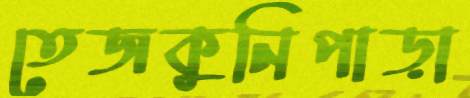
তেজকুনিপাড়া